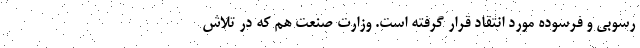
رسوبی و فرسوده مورد انتقاد قرار گرفته است. وزارت صنعت هم که در تلاش